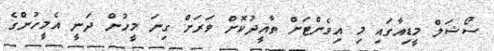
ސޯޝަލް މީޑިއާގައި މި އިވެންޓަށް ތާއީދުކޮށް ވަރަށް ގިނަ މީހުން ދަނީ އެމީހުންގެ